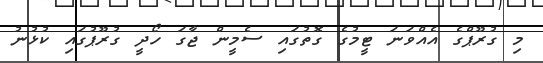
މި ގުރޫޕްގެ އެއްވަނަ ޓީމުގެ ގޮތުގައި ސެމީން ޖާގަ ހޯދީ ގުރޫޕުގައި ކުޅުނު